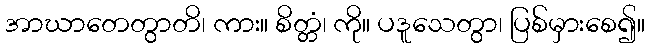
အာဃာတေတွာတိ၊ ကား။ စိတ္တံ၊ ကို။ ပဒူသေတွာ၊ ပြစ်မှားစေ၍။